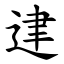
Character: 䢖